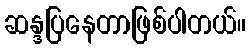
ဆန္ဒပြနေတာဖြစ်ပါတယ်။